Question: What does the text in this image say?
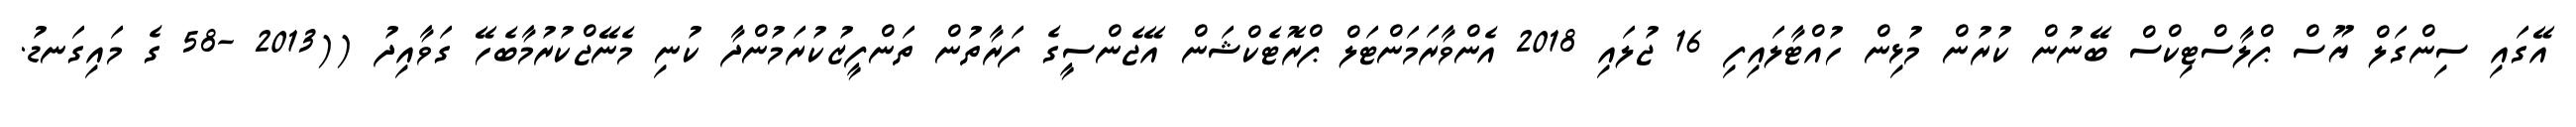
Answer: އޭގައި ސިންގަލް ޔޫސް ޕްލާސްޓިކްސް ބޭނުން ކުރުން މުޅިން ހުއްޓާލައިފި 16 ޖުލައި 2018 އެންވާރަމަންޓަލް ޕްރޮޓެކްޝަން އޭޖެންސީގެ ފަރާތުން ތަންފީޒުކުރަމުންދާ ކުނި މެނޭޖްކުރުމާބެހޭ ގަވާއިދު ((2013 -58 ގެ މައިގަނޑު.